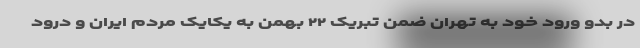
در بدو ورود خود به تهران ضمن تبریک ۲۲ بهمن به یکایک مردم ایران و درود